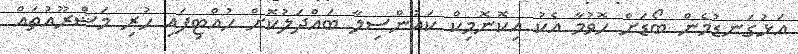
އަޅުގަނޑުމެން ބޯޑަށް ހޮވުމާ އެކު އިކޮނޮމިކް ކައުންސިލާ ބައްދަލުކޮށް ހުއްޓިފައި ހުރި މަޝްރޫއުތައް